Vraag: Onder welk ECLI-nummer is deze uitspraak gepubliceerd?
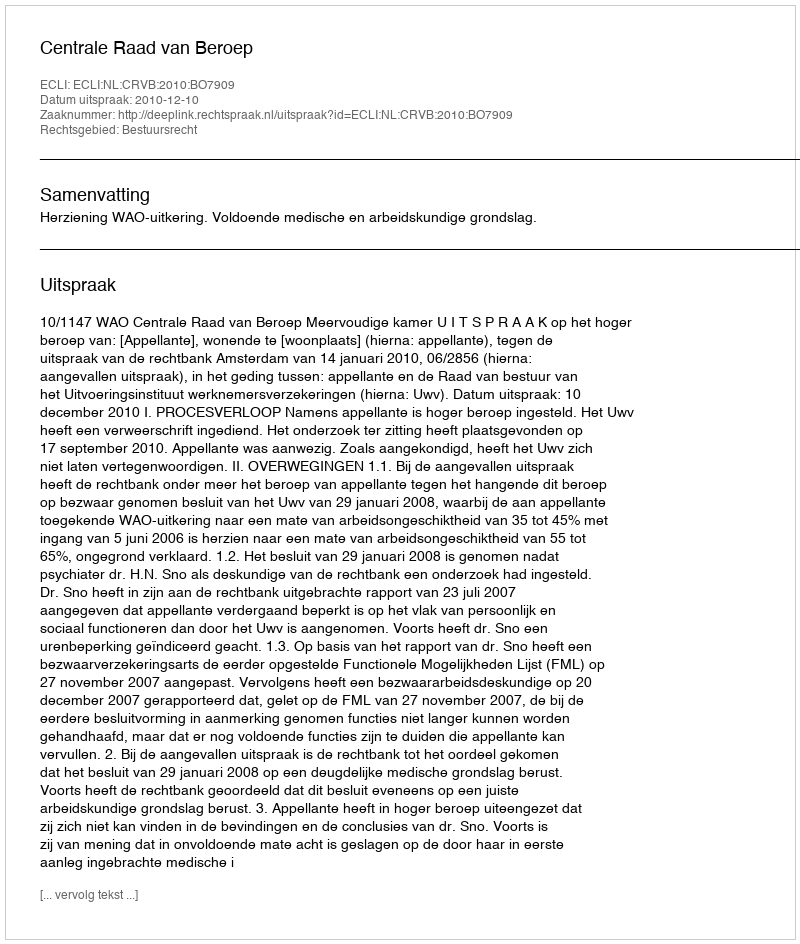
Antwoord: ECLI:NL:CRVB:2010:BO7909